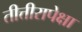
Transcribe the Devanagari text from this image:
तीत्तीरापेक्षा